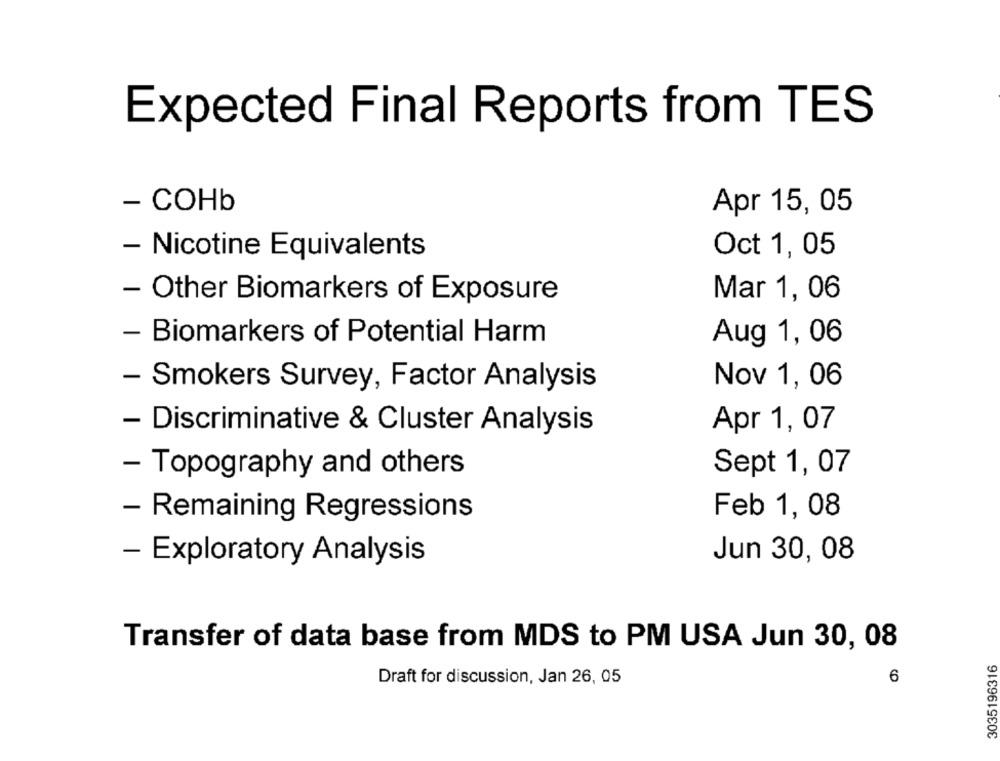
Expected Final Reports from TES
- COHb
Apr 15, 05
- Nicotine Equivalents
Oct 1, 05
Mar 1, 06
- Other Biomarkers of Exposure
- Biomarkers of Potential Harm
Aug 1, 06
- Smokers Survey, Factor Analysis
Nov 1, 06
- Discriminative & Cluster Analysis
Apr 1, 07
Sept 1, 07
- Topography and others
- Remaining Regressions
Feb 1, 08
- Exploratory Analysis
Jun 30, 08
Transfer of data base from MDS to PM USA Jun 30, 08
3035196316
6
Draft for discussion, Jan 26, 05